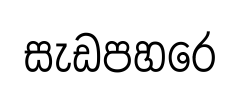
සැඩපහරෙ